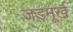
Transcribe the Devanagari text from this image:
जड़मूर्ख